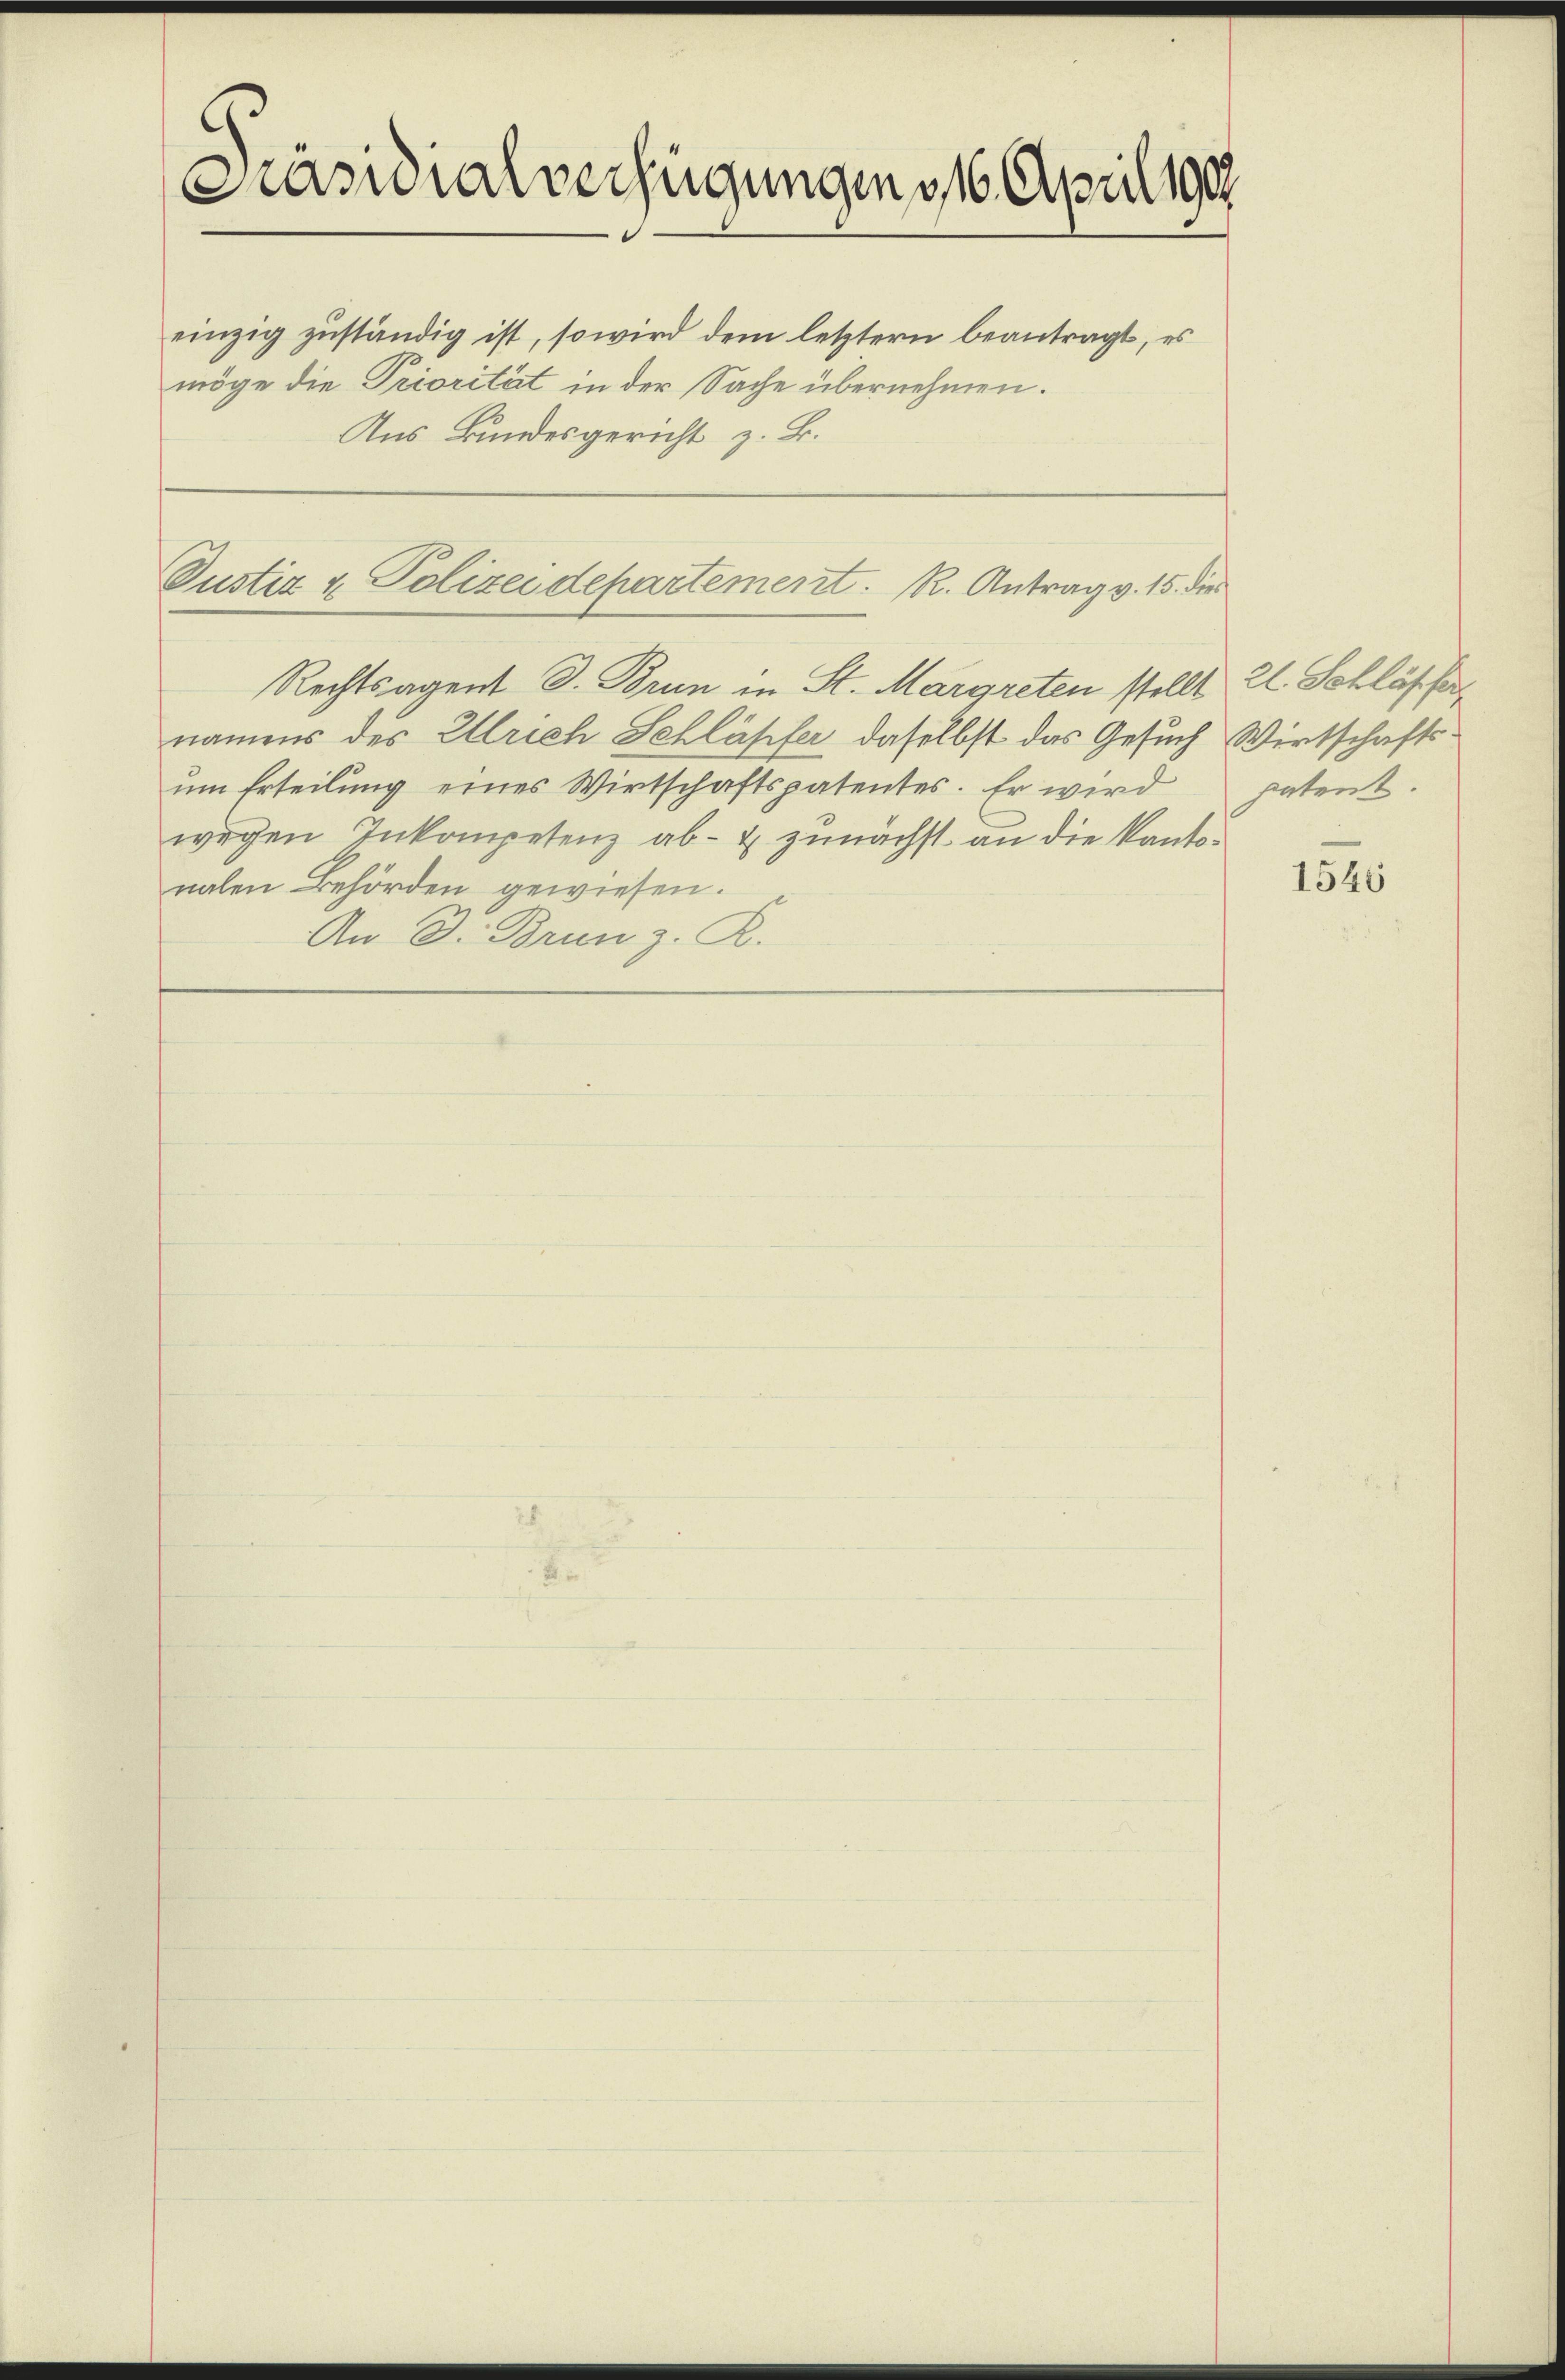
Präsidialverfügungen 16. April 190
einzig zŭständig ist, so wird dem letztern beantragt, es
möge die Priorität in der Sache übernehmen.
Aus Bundesgericht z. B.

Justiz & Polizeidepartement. R. Antrag v. 15. die

Rechtsagent D. Brun in St. Margreten stellt 21 Schläffer
namens des Ulrich Schläpfer, daselbst das Gesuch Wirtschaftsŭm Erteilŭng eines Wirtschaftspatentes. Er wird patent.
wegen Inkompetenz ab- & zunächst an die Kantonalen Behörden gewiesen.
An D. Brunz. R.

1546